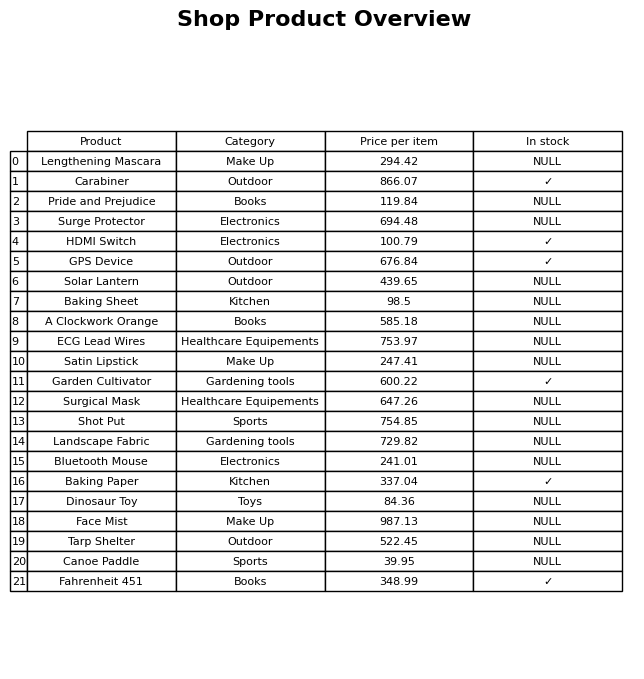
question: What is the price for GPS Device?
answer: The price of GPS Device is 676.84.